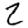
Digit: 2